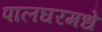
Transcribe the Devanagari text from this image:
पालघरमधे